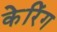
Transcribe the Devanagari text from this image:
केरिंग